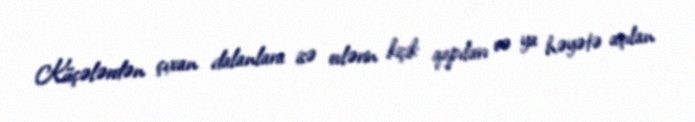
Küçələrdən çıxan dalanlara isə evlərin kiçik qapıları və ya həyətə açılan